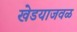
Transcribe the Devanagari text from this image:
खेडयाजवळ